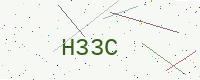
Text: H33C